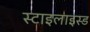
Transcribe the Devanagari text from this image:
स्टाइलाइस्ड